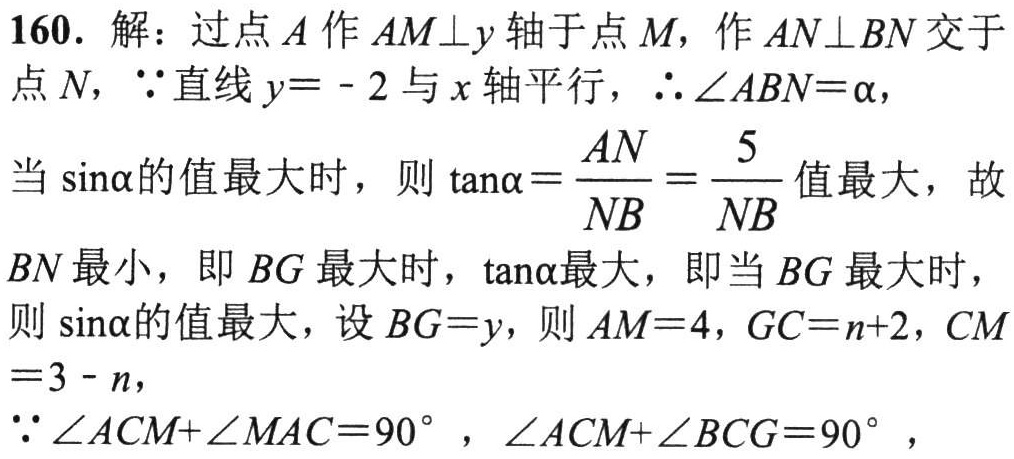
160. 解：过点\(A\)作\(AM\bot y\)轴于点\(M\)，作\(AN\bot BN\)交于

点\(N\)，\(\because\)直线\(y = - 2\)与\(x\)轴平行，\(\therefore\angle ABN=\alpha\)，

当\(\sin\alpha\)的值最大时，则\(\tan\alpha=\frac{AN}{NB}=\frac{5}{NB}\)值最大，故

\(BN\)最小，即\(BG\)最大时，\(\tan\alpha\)最大，即当\(BG\)最大时，

则\(\sin\alpha\)的值最大，设\(BG = y\)，则\(AM = 4\)，\(GC=n + 2\)，\(CM\)

\(=3 - n\)，

\(\because\angle ACM+\angle MAC = 90^{\circ}\)，\(\angle ACM+\angle BCG = 90^{\circ}\)，